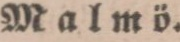
Malmö.